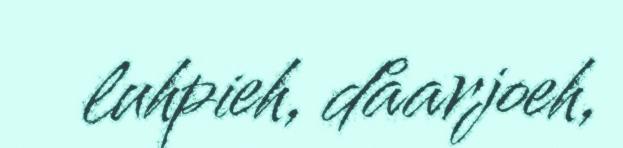
luhpieh, dåarjoeh,